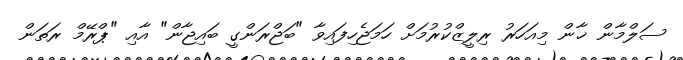
ސަލްމާން ޚާން މިއަހަރު ރިލީޒްކުރުމަށް ހަމަޖެހިފައިވާ "ބަޖްރަންގީ ބައިޖާން" އާއި "ޕްރޭމް ރަތަން